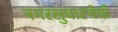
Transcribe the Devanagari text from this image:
नगरसुधारणेची